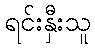
ရင်းနှီးသူ